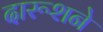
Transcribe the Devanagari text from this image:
दारूशने